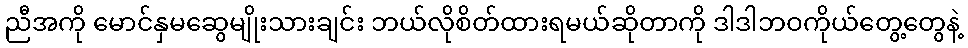
ညီအကို မောင်နှမဆွေမျိုးသားချင်း ဘယ်လိုစိတ်ထားရမယ်ဆိုတာကို ဒါဒါဘဝကိုယ်တွေ့တွေနဲ့